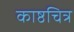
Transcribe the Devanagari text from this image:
काष्ठचित्र